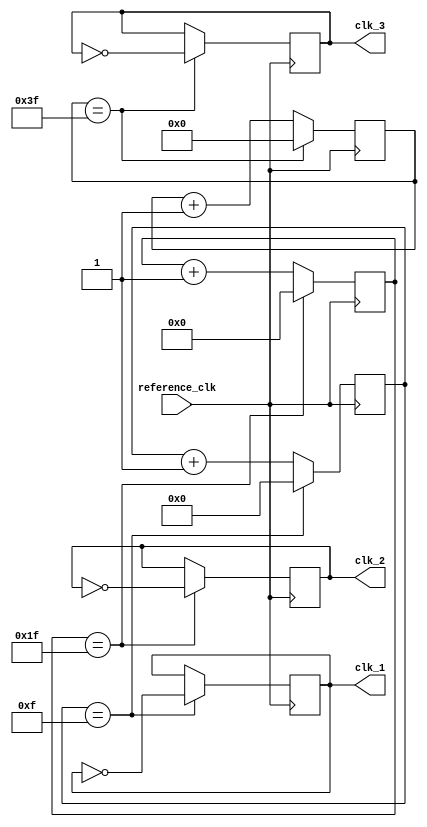
module multirate_timer (
    input wire reference_clk,
    output wire clk_1,
    output wire clk_2,
    output wire clk_3
);

reg [3:0] counter_1;
reg [4:0] counter_2;
reg [5:0] counter_3;

always @(posedge reference_clk) begin
    if (counter_1 == 4'b1111) begin
        counter_1 <= 4'b0000;
        clk_1 <= ~clk_1;
    end else begin
        counter_1 <= counter_1 + 1;
    end
    
    if (counter_2 == 5'b11111) begin
        counter_2 <= 5'b00000;
        clk_2 <= ~clk_2;
    end else begin
        counter_2 <= counter_2 + 1;
    end

    if (counter_3 == 6'b111111) begin
        counter_3 <= 6'b000000;
        clk_3 <= ~clk_3;
    end else begin
        counter_3 <= counter_3 + 1;
    end
end

endmodule